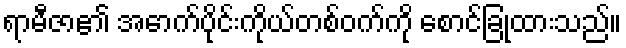
ရာမီဇာ၏ အောက်ပိုင်းကိုယ်တစ်ဝက်ကို စောင်ခြုံထားသည်။